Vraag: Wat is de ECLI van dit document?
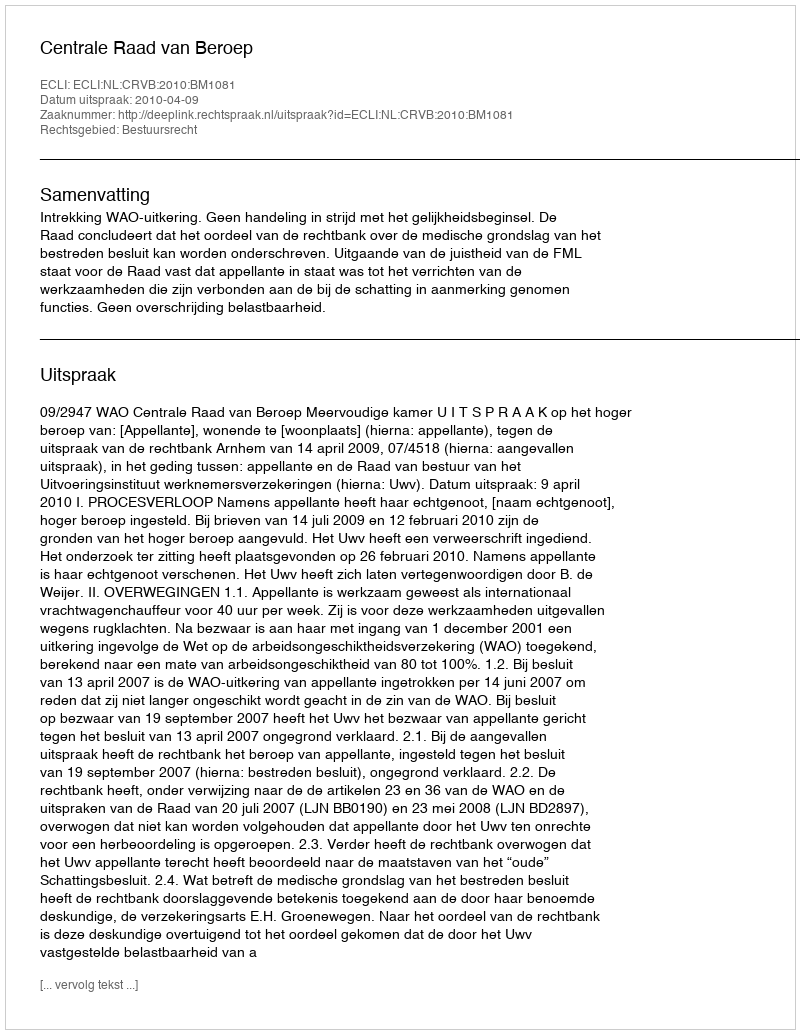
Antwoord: ECLI:NL:CRVB:2010:BM1081